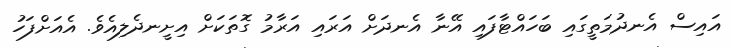
އައިސް އެނދުމަތީގައި ބަހައްޓާފައި އޭނާ އެނދަށް އަރައި އަރާމު ގޮތަކަށް އިށީނދެލިއެވެ. އެއަށްފަހު